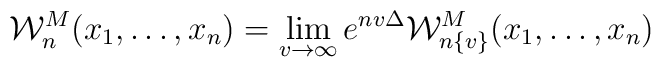
{{\mathcal W}_n^{{{M}}}} (x_1,\ldots, x_n) = \lim_{ v \to \infty}e^{nv\Delta} {\mathcal W}_{n\{ v\}}^ M (x_1,\ldots, x_n)